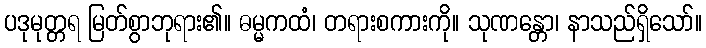
ပဒုမုတ္တရ မြတ်စွာဘုရား၏။ ဓမ္မကထံ၊ တရားစကားကို။ သုဏန္တော၊ နာသည်ရှိသော်။